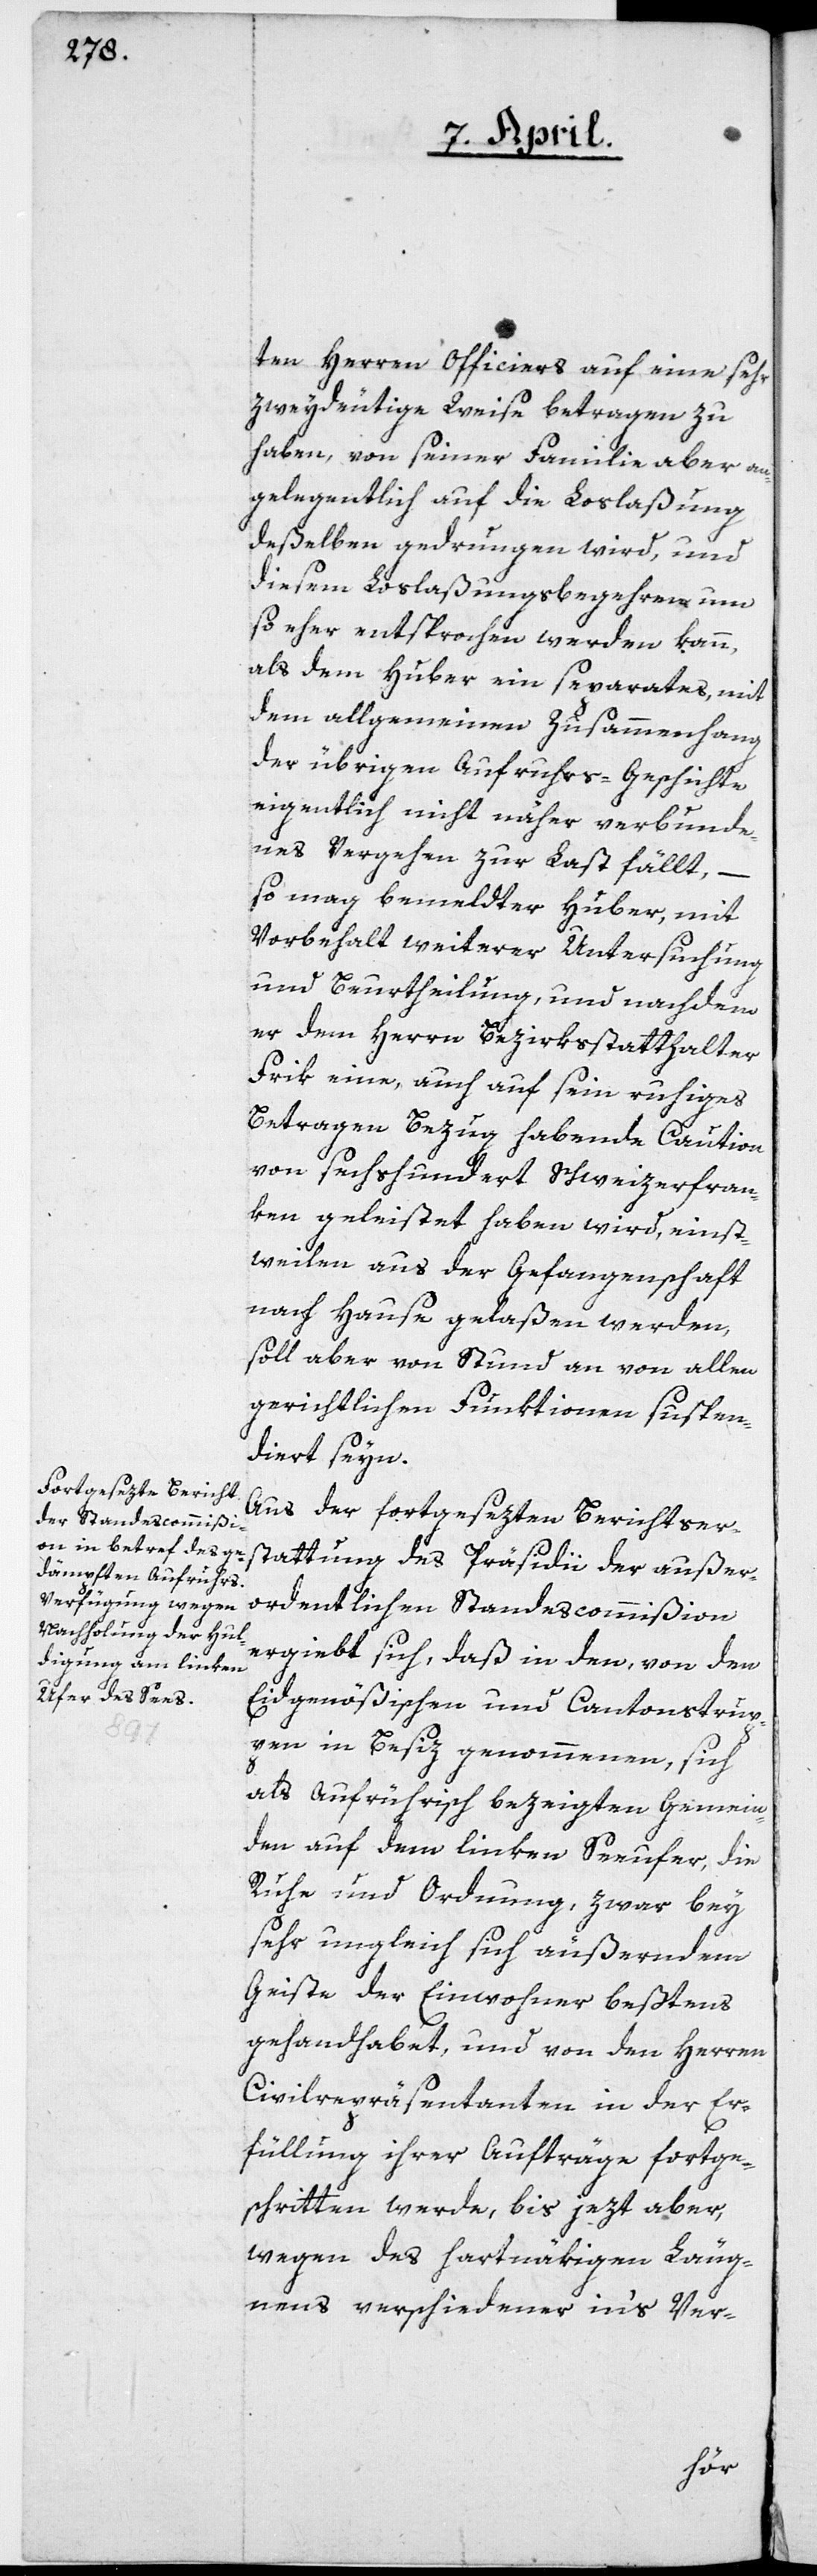
ten Herren Officiers auf eine sehr
zweydeutige Weise betragen zu
haben, von seiner Familie aber an¬
gelegentlich auf die Loslaßung
deßelben gedrungen wird, und
diesem Loslaßungsbegehren um
so eher entsprochen werden kann,
als dem Huber ein separates, mit
dem allgemeinen Zusammenhang
der übrigen Aufruhrs-Geschichte
eigentlich nicht näher verbunde¬
nes Vergehen zur Last fällt, –
so mag bemeldter Huber, mit
Vorbehalt weiterer Untersuchung
und Beurtheilung, und nachdem
er dem Herrn Bezirksstatthalter
Frik eine, auch auf sein ruhiges
Betragen Bezug habende Caution
von sechshundert Schweizerfran¬
ken geleistet haben wird, einst¬
weilen aus der Gefangenschaft
nach Hause gelaßen werden,
soll aber von Stund an von allen
gerichtlichen Funktionen suspen¬
diert seyn.
Aus der fortgesezten Berichtser¬
stattung des Präsidii der außer¬
ordentlichen Standescommißion
ergiebt sich, daß in den, von den
Eidgenößischen[-] und Cantonstrup¬
pen in Besiz genommenen, sich
als aufrührisch bezeigten Gemein¬
den auf dem linken Seeufer, die
Ruhe und Ordnung zwar bey
sehr ungleich sich äußerndem
Geiste der Einwohner beßtens
gehandhabet, und von den Herren
Civilrepräsentanten in der Er¬
füllung ihrer Aufträge fortge¬
schritten werde, bis jezt aber,
wegen des hartnäkigen Läug¬
nens verschiedener in’s Ver-